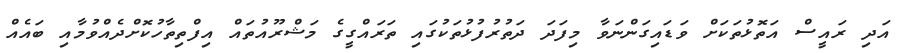
އަދި ރައީސް އަތޮޅުތަކަށް ވަޑައިގަންނަވާ މިފަދަ ދަތުރުފުޅުތަކުގައި ތަރައްގީގެ މަޝްރޫއުތައް އިފްތިތާހުކޮށްދެއްވުމާއި ބައެއް